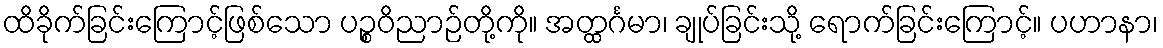
ထိခိုက်ခြင်းကြောင့်ဖြစ်သော ပဉ္စဝိညာဉ်တို့ကို။ အတ္ထင်္ဂမာ၊ ချုပ်ခြင်းသို့ ရောက်ခြင်းကြောင့်။ ပဟာနာ၊